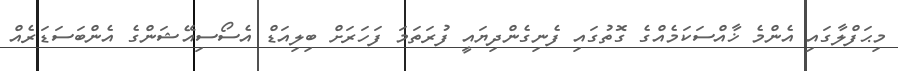
މިޙަފްލާގައި އެންމެ ޚާއްސަކަމެއްގެ ގޮތުގައި ފެނިގެންދިޔައީ ފުރަތަމަ ފަހަރަށް ބިލިއަޑް އެސޯސިއޭޝަންގެ އެންބަސަޑަރެއް